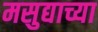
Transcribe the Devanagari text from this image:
मसुद्याच्या